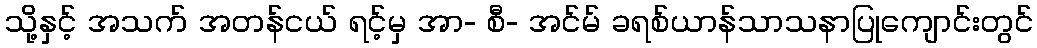
သို့နှင့် အသက် အတန်ငယ် ရင့်မှ အာ- စီ- အင်မ် ခရစ်ယာန်သာသနာပြုကျောင်းတွင်